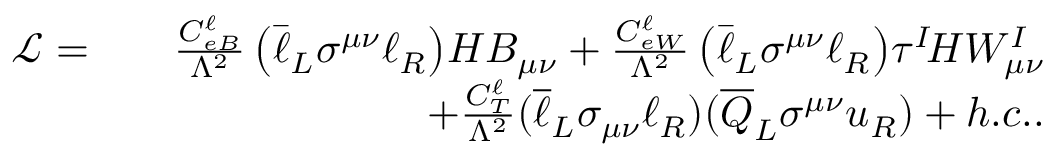
\begin{array} { r l r } { \mathcal { L } = } & { } & { \frac { C _ { e B } ^ { \ell } } { \Lambda ^ { 2 } } \left( \bar { \ell } _ { L } \sigma ^ { \mu \nu } \ell _ { R } \right) \! H B _ { \mu \nu } + \frac { C _ { e W } ^ { \ell } } { \Lambda ^ { 2 } } \left( \bar { \ell } _ { L } \sigma ^ { \mu \nu } \ell _ { R } \right) \! \tau ^ { I } \! H W _ { \mu \nu } ^ { I } } \\ & { } & { + \frac { C _ { T } ^ { \ell } } { \Lambda ^ { 2 } } ( \overline { { \ell } } _ { L } \sigma _ { \mu \nu } \ell _ { R } ) ( \overline { { Q } } _ { L } \sigma ^ { \mu \nu } u _ { R } ) + h . c . . } \end{array}